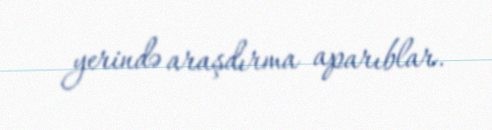
yerində araşdırma aparıblar.